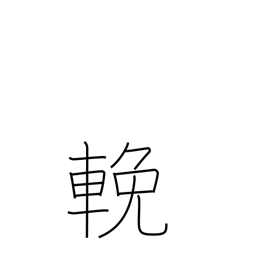
Meaning: pull